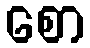
စော